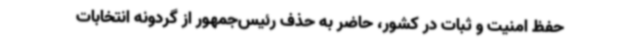
حفظ امنیت و ثبات در کشور، حاضر به حذف رئیس‌جمهور از گردونه انتخابات